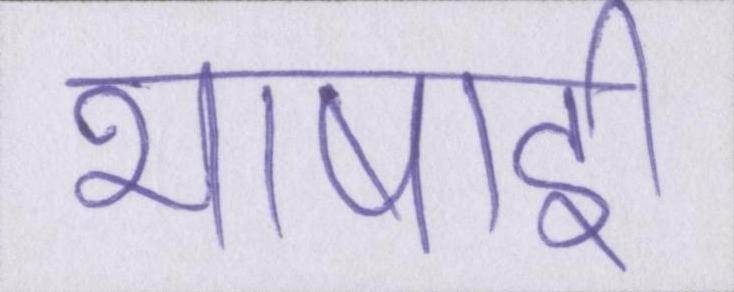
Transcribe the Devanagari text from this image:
भाषाई